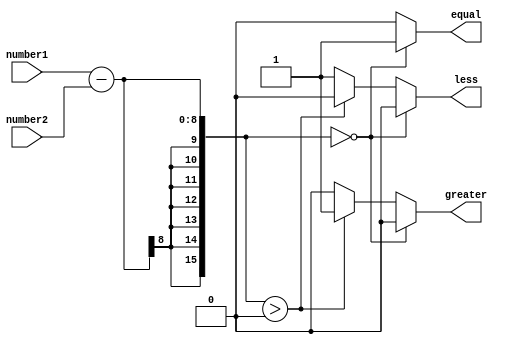
module fixed_point_comparator (
    input [7:0] number1,
    input [7:0] number2,
    output reg equal,
    output reg greater,
    output reg less
);

reg [15:0] difference;

always @* begin
    difference = number1 - number2;

    if (difference == 0) begin
        equal = 1;
        greater = 0;
        less = 0;
    end else if (difference > 0) begin
        equal = 0;
        greater = 1;
        less = 0;
    end else begin
        equal = 0;
        greater = 0;
        less = 1;
    end
end

endmodule